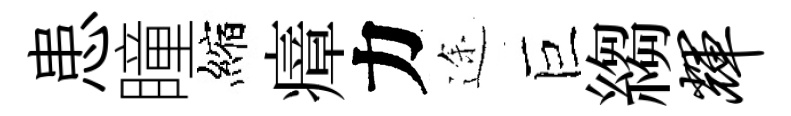
患瞳縮瘴力途巨縐辉